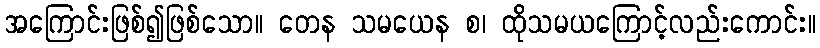
အကြောင်းဖြစ်၍ဖြစ်သော။ တေန သမယေန စ၊ ထိုသမယကြောင့်လည်းကောင်း။